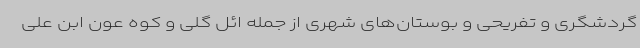
گردشگری و تفریحی و بوستان‌های شهری از جمله ائل گلی و کوه عون ابن علی